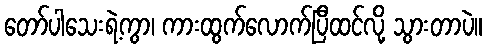
တော်ပါသေးရဲ့ကွာ၊ ကားထွက်လောက်ပြီထင်လို့ သွားတာပဲ။